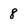
Character: 8